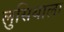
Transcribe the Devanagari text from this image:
लुसियाला